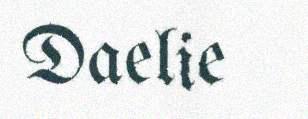
Daelie